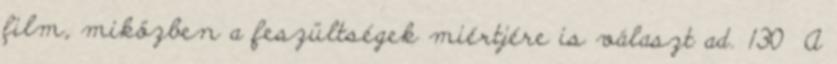
film, miközben a feszültségek miértjére is választ ad. 130 A